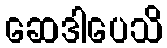
ဆေဒါပေသိ